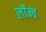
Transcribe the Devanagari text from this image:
लॉंन्च